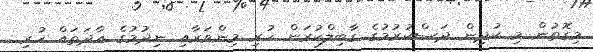
މިގޮތުން މި ކުދިން ދަސްކުރުމުގެ ގާބިލްކުރަން ހުރި މިންވަރާއި ނިދުމުގެ އާދަތައް ހުރި